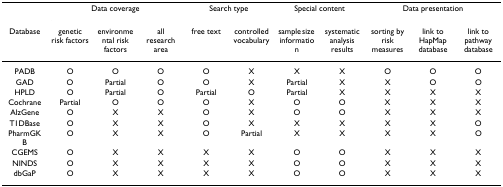
<table><thead><tr><td>[EMPTY_CELL]</td><td colspan="3"><b>Data coverage</b></td><td colspan="2"><b>Search type</b></td><td colspan="2"><b>Special content</b></td><td colspan="3"><b>Data presentation</b></td></tr><tr><td><b>Database</b></td><td><b>genetic risk factors</b></td><td><b>environmental risk factors</b></td><td><b>all research area</b></td><td><b>free text</b></td><td><b>controlled vocabulary</b></td><td><b>sample size information</b></td><td><b>systematic analysis results</b></td><td><b>sorting by risk measures</b></td><td><b>link to HapMap database</b></td><td><b>link to pathway database</b></td></tr></thead><tbody><tr><td>PADB</td><td>O</td><td>O</td><td>O</td><td>O</td><td>X</td><td>X</td><td>X</td><td>O</td><td>O</td><td>O</td></tr><tr><td>GAD</td><td>O</td><td>Partial</td><td>O</td><td>O</td><td>X</td><td>Partial</td><td>X</td><td>X</td><td>O</td><td>O</td></tr><tr><td>HPLD</td><td>O</td><td>Partial</td><td>O</td><td>Partial</td><td>O</td><td>Partial</td><td>X</td><td>X</td><td>X</td><td>X</td></tr><tr><td>Cochrane</td><td>Partial</td><td>O</td><td>O</td><td>O</td><td>X</td><td>O</td><td>O</td><td>X</td><td>X</td><td>X</td></tr><tr><td>AlzGene</td><td>O</td><td>X</td><td>X</td><td>O</td><td>X</td><td>O</td><td>O</td><td>X</td><td>X</td><td>X</td></tr><tr><td>T1DBase</td><td>O</td><td>X</td><td>X</td><td>O</td><td>X</td><td>X</td><td>X</td><td>X</td><td>X</td><td>O</td></tr><tr><td>PharmGKB</td><td>O</td><td>X</td><td>X</td><td>O</td><td>Partial</td><td>X</td><td>X</td><td>X</td><td>X</td><td>O</td></tr><tr><td>CGEMS</td><td>O</td><td>X</td><td>X</td><td>X</td><td>X</td><td>O</td><td>O</td><td>X</td><td>X</td><td>X</td></tr><tr><td>NINDS</td><td>O</td><td>X</td><td>X</td><td>X</td><td>X</td><td>O</td><td>O</td><td>X</td><td>X</td><td>X</td></tr><tr><td>dbGaP</td><td>O</td><td>X</td><td>X</td><td>X</td><td>X</td><td>O</td><td>O</td><td>X</td><td>X</td><td>X</td></tr></tbody></table>